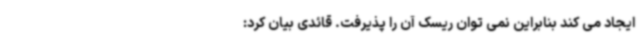
ایجاد می کند بنابراین نمی توان ریسک آن را پذیرفت. قائدی بیان کرد: